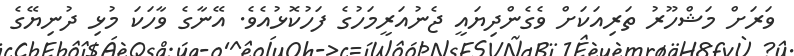
ވަރަށް މަޝްހޫރު ތަރިއަކަށް ވެގެންދިޔައީ ޖެނުއަރީމަހުގެ ފަހުކޮޅުއެވެ. އޭނާގެ ވާހަކަ މުޅި ދުނިޔޭގެ